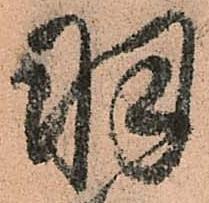
羽